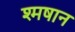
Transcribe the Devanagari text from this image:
श्मषान